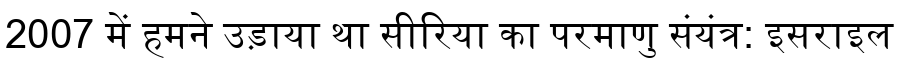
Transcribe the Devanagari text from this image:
2007 में हमने उड़ाया था सीरिया का परमाणु संयंत्र: इसराइल